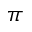
\pi